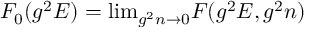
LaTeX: F _ { 0 } ( g ^ { 2 } E ) = \mathrm { l i m } _ { g ^ { 2 } n \to 0 } F ( g ^ { 2 } E , g ^ { 2 } n )